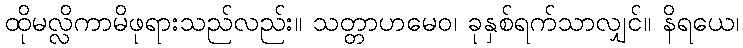
ထိုမလ္လိကာမိဖုရားသည်လည်း။ သတ္တာဟမေဝ၊ ခုနှစ်ရက်သာလျှင်။ နိရယေ၊